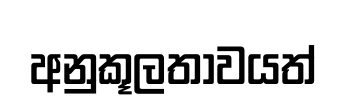
අනුකූලතාවයත්